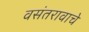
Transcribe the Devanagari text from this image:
वसंतरावाचे